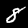
Digit: 8